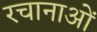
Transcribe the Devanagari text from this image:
रचानाओं